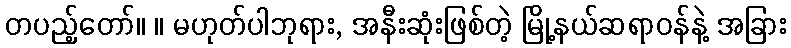
တပည့်တော်။ ။ မဟုတ်ပါဘုရား, အနီးဆုံးဖြစ်တဲ့ မြို့နယ်ဆရာဝန်နဲ့ အခြား